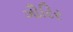
ગૌરિર